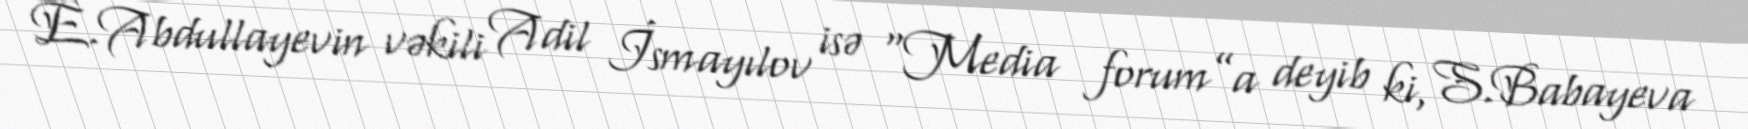
E.Abdullayevin vəkili Adil İsmayılov isə “Media forum”a deyib ki, S.Babayeva